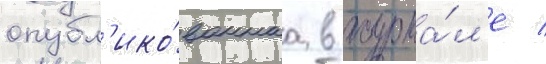
опубл'ико́ваннаа в журна́л'е /